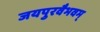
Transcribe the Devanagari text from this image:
जयपुरवैभवम्